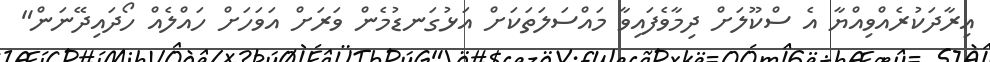
އިރާދަކުރެއްވިއްޔާ އެ ސްކޫލަށް ދިމާވެފައިވާ މައްސަލަތަކަށް އަޅުގަނޑުމެން ވަރަށް އަވަހަށް ހައްލެއް ހޯދައިދޭނަން"